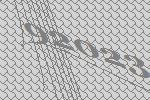
92023